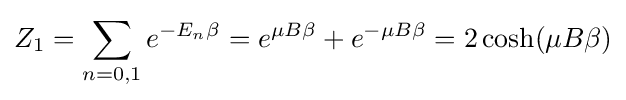
Z_{1}=\sum _{n=0,1}e^{-E_{n}\beta }=e^{\mu B\beta }+e^{-\mu B\beta }=2\cosh(\mu B\beta )